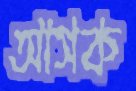
আসক